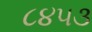
૮૪૫૩